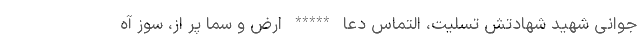
جوانی شهید شهادتش تسلیت، التماس دعا ***** ارض و سما پر از، سوز آه